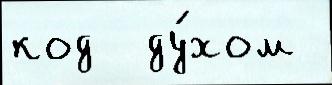
код  ду́хом